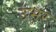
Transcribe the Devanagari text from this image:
उभऱ